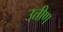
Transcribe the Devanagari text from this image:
उत्तीण